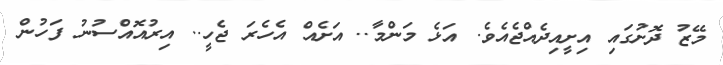
މޭޒު ދޮށުގައި އިށީއިދެއްޖެއެވެ. އަޅެ މަންމާ.. އަށެއް އެހެރަ ޖެހީ.. އިރުއޮއްސުނު ފަހުން